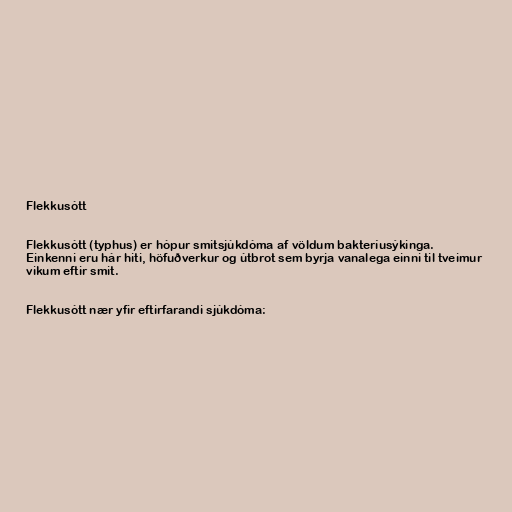
Flekkusótt

Flekkusótt (typhus) er hópur smitsjúkdóma af völdum bakteríusýkinga.
Einkenni eru hár hiti, höfuðverkur og útbrot sem byrja vanalega einni til tveimur
vikum eftir smit.

Flekkusótt nær yfir eftirfarandi sjúkdóma: